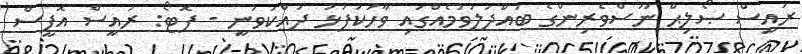
ރައީސް ޞޯލިޙް ނޫސްވެރިންގެ ބައްދަލުވުމެއްގައި ވާހަކަފުޅު ދައްކަވަނީ - ފޮޓޯ: ރައީސް އޮފީސް